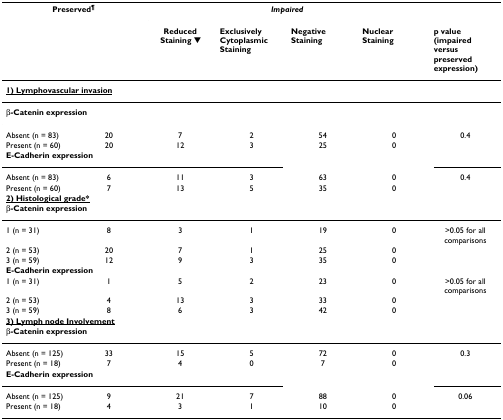
<table><thead><tr><td colspan="2"><b>Preserved<sup>¶</sup></b></td><td colspan="4"><b><i>Impaired</i></b></td><td></td></tr><tr><td></td><td></td><td><b>Reduced Staining ▼</b></td><td><b>Exclusively Cytoplasmic Staining</b></td><td><b>Negative Staining</b></td><td><b>Nuclear Staining</b></td><td><b>p value (impaired versus preserved expression)</b></td></tr></thead><tbody><tr><td colspan="7"><b><underline>1) Lymphovascular invasion</underline></b></td></tr><tr><td colspan="7"><b>β-Catenin expression</b></td></tr><tr><td>Absent (n = 83)</td><td>20</td><td>7</td><td>2</td><td>54</td><td>0</td><td>0.4</td></tr><tr><td>Present (n = 60)</td><td>20</td><td>12</td><td>3</td><td>25</td><td>0</td><td></td></tr><tr><td colspan="7"><b>E-Cadherin expression</b></td></tr><tr><td>Absent (n = 83)</td><td>6</td><td>11</td><td>3</td><td>63</td><td>0</td><td>0.4</td></tr><tr><td>Present (n = 60)</td><td>7</td><td>13</td><td>5</td><td>35</td><td>0</td><td></td></tr><tr><td colspan="7"><b><underline>2) Histological grade*</underline></b></td></tr><tr><td colspan="7"><b>β-Catenin expression</b></td></tr><tr><td>1 (n = 31)</td><td>8</td><td>3</td><td>1</td><td>19</td><td>0</td><td>&gt;0.05 for all comparisons</td></tr><tr><td>2 (n = 53)</td><td>20</td><td>7</td><td>1</td><td>25</td><td>0</td><td></td></tr><tr><td>3 (n = 59)</td><td>12</td><td>9</td><td>3</td><td>35</td><td>0</td><td></td></tr><tr><td colspan="7"><b>E-Cadherin expression</b></td></tr><tr><td>1 (n = 31)</td><td>1</td><td>5</td><td>2</td><td>23</td><td>0</td><td>&gt;0.05 for all comparisons</td></tr><tr><td>2 (n = 53)</td><td>4</td><td>13</td><td>3</td><td>33</td><td>0</td><td></td></tr><tr><td>3 (n = 59)</td><td>8</td><td>6</td><td>3</td><td>42</td><td>0</td><td></td></tr><tr><td colspan="7"><b><underline>3) Lymph node Involvement</underline></b></td></tr><tr><td colspan="7"><b>β-Catenin expression</b></td></tr><tr><td>Absent (n = 125)</td><td>33</td><td>15</td><td>5</td><td>72</td><td>0</td><td>0.3</td></tr><tr><td>Present (n = 18)</td><td>7</td><td>4</td><td>0</td><td>7</td><td>0</td><td></td></tr><tr><td colspan="7"><b>E-Cadherin expression</b></td></tr><tr><td>Absent (n = 125)</td><td>9</td><td>21</td><td>7</td><td>88</td><td>0</td><td>0.06</td></tr><tr><td>Present (n = 18)</td><td>4</td><td>3</td><td>1</td><td>10</td><td>0</td><td></td></tr></tbody></table>